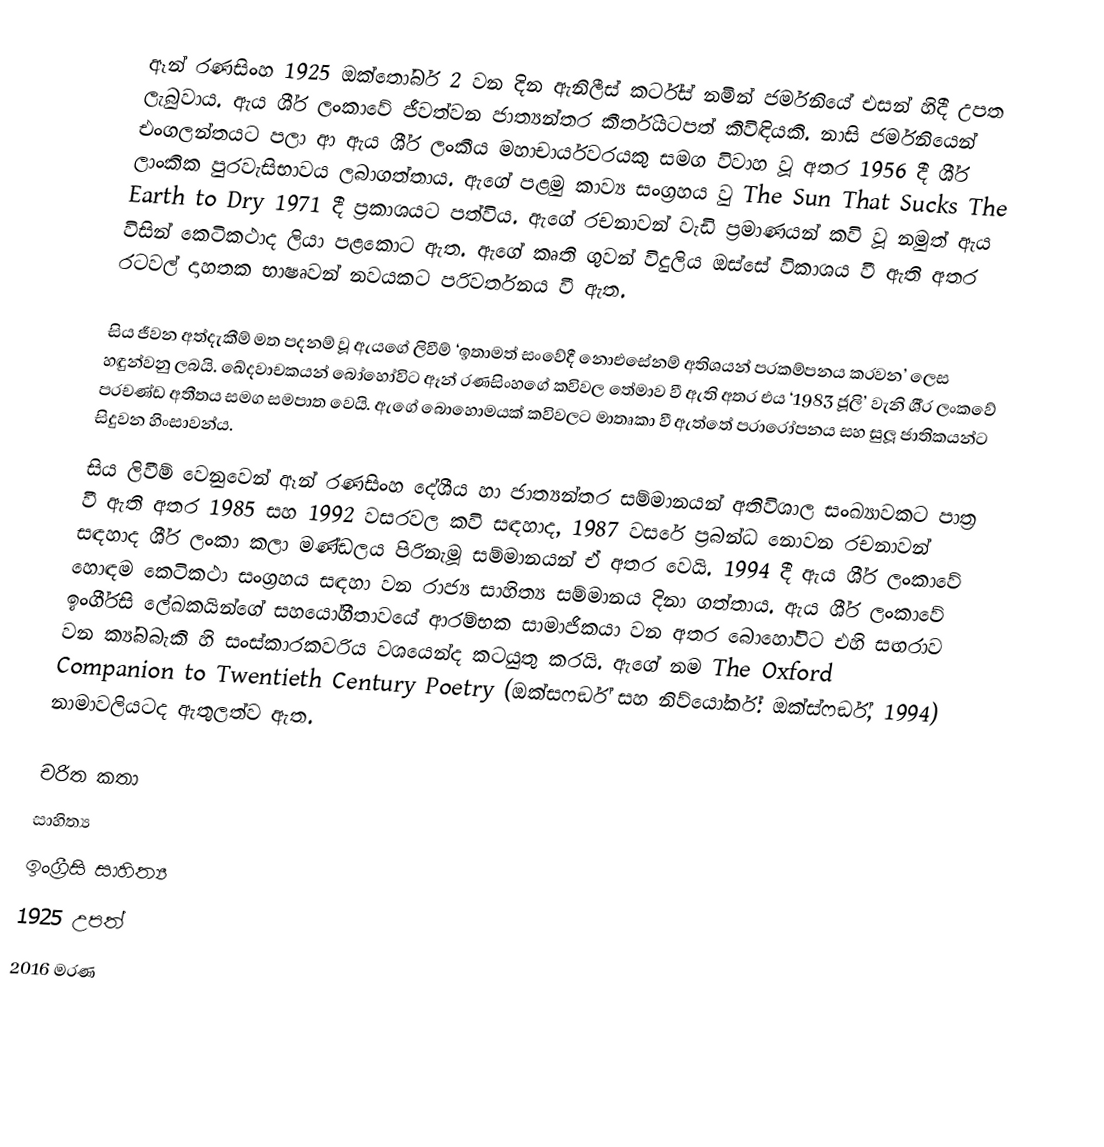
ඈන් රණසිංහ 1925 ඔක්තෝබර් 2 වන දින ඇනිලීස් කර්ට්ස් නමින් ජර්මනියේ එසන් හිදී උපත ලැබුවාය. ඇය ශී‍්‍ර ලංකාවේ ජීවත්වන ජාත්‍යන්තර කීර්තියටපත් කිවිඳියකි. නාසි ජර්මනියෙන් එංගලන්තයට පලා ආ ඇය ශී‍්‍ර ලංකීය මහාචාර්යවරයකු සමග විවාහ වූ අතර 1956 දී ශී‍්‍ර ලාංකික පුරවැසිභාවය ලබාගත්තාය. ඇගේ පළමු කාව්‍ය සංග‍්‍රහය වු The Sun That Sucks The Earth to Dry 1971 දී ප‍්‍රකාශයට පත්විය. ඇගේ රචනාවන් වැඩි ප‍්‍රමාණයන් කවි වූ නමුත් ඇය විසින් කෙටිකථාද ලියා පළකොට ඇත. ඇගේ කෘති ගුවන් විදුලිය ඔස්සේ විකාශය වී ඇති අතර රටවල් දාහතක භාෂෘවන් නවයකට පරිවර්තනය වී ඇත.

සිය ජීවන අත්දැකීම් මත පදනම් වූ ඇයගේ ලිවීම් ‘ඉතාමත් සංවේදී නොඑසේනම් අතිශයන් ප‍්‍රකම්පනය කරවන’ ලෙස හඳුන්වනු ලබයි. ඛේදවාචකයන් බෝහෝවිට ඈන් රණසිංහගේ කවිවල තේමාව වී ඇති අතර එය ‘1983 ජූලි’ වැනි ශී‍්‍ර ලංකවේ ප‍්‍රචණ්ඩ අතීතය සමග සමපාත වෙයි. ඇගේ බොහොමයක් කවිවලට මාතෘකා වී ඇත්තේ පරාරෝපනය සහ සුලූ ජාතිකයන්ට සිදුවන හිංසාවන්ය.
සිය ලිවීම් වෙනුවෙන් ඈන් රණසිංහ දේශීය හා ජාත්‍යන්තර සම්මානයන් අතිවිශාල සංඛ්‍යාවකට පාත‍්‍ර වී ඇති අතර 1985 සහ 1992 වසරවල කවි සඳහාද, 1987 වසරේ ප‍්‍රබන්ධ නොවන රචනාවන් සඳහාද ශී‍්‍ර ලංකා කලා මණ්ඩලය පිරිනැමූ සම්මානයන් ඒ අතර වෙයි. 1994 දී ඇය ශී‍්‍ර ලංකාවේ හොඳම කෙටිකථා සංග‍්‍රහය සඳහා වන රාජ්‍ය සාහිත්‍ය සම්මානය දිනා ගත්තාය. ඇය ශී‍්‍ර ලංකාවේ ඉංගී‍්‍රසි ලේඛකයින්ගේ සහයෝගීතාවයේ ආරම්භක සාමාජිකයා වන අතර බොහෝවිට එහි සඟරාව වන ක්‍ය්බබැකි හි සංස්කාරකවරිය වශයෙන්ද කටයුතු කරයි. ඇගේ නම The Oxford Companion to Twentieth Century Poetry (ඔක්සෆර්ඞ් සහ නිව්යෝර්ක්: ඔක්ස්ෆර්ඞ්, 1994) නාමාවලියටද ඇතුලත්ව ඇත.

චරිත කතා
සාහිත්‍ය
ඉංග්‍රීසි සාහිත්‍ය
1925 උපත්
2016 මරණ